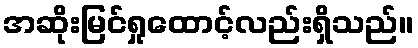
အဆိုးမြင်ရှုထောင့်လည်းရှိသည်။